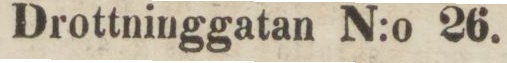
Drottninggatan N:o 26.